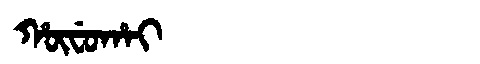
Manchu: ᡥᡡᠸᡠᡥᠠᡳ
Romanization: HŪFUHAI